Vaccination in the Punjab 1905-1918 - 1905-1918
Year: 1905
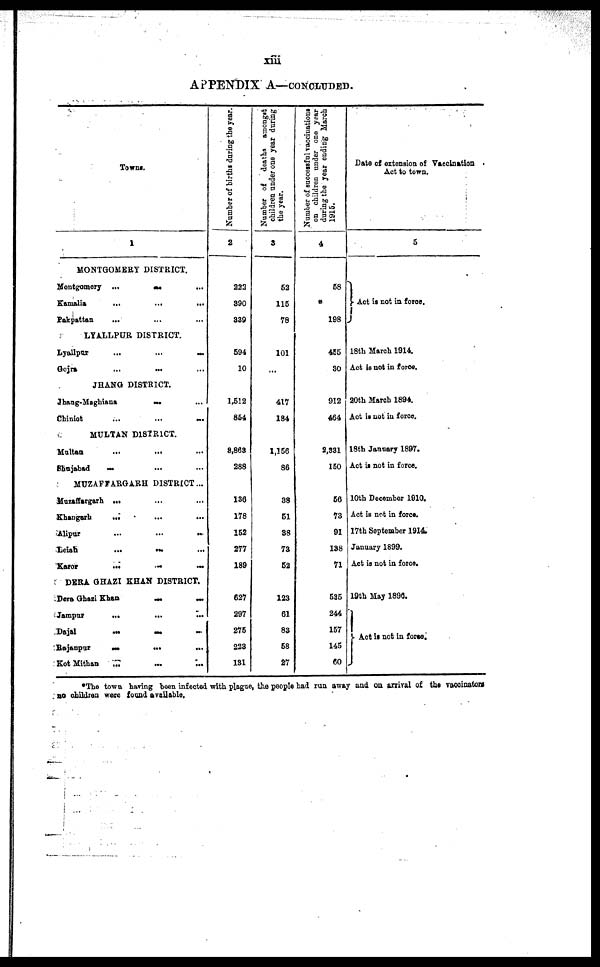
xiii
APPENDIX A—CONCLUDED.
Towns.
1
MONTGOMERY DISTRICT.
Montgomery
...
...
...
Kamalia
...
...
...
Pakpattan
... ... ...
LYALLPUR DISTRICT.
Lyallpur
...
...
...
Gojra ... ... ...
JHANG DISTRICT.
Jhang-Maghiana ... ... ...
Chiniot
...
...
...
MULTAN DISTRICT.
Multan ... ... ...
Shujabad
...
...
...
MUZAFFARGARH DISTRICT ...
Muzaffargarh ...
...
...
Khangarh
... ... ...
Alipur
...
...
...
Leiah
...
...
...
Karor
...
...
...
DERA GHAZI KHAN DISTRICT.
Dera Ghazi Khan
...
...
Jampur
...
...
...
Dajal
...
...
...
Rajanpur
...
...
...
Kot Mithan
...
...
...
Number of births during the year.
2
222
390
339
594
10
1,512
854
3,863
288
136
178
152
277
189
627
297
275
223
131
Number of deaths amongst
children under one year during
the year.
3
52
115
78
101
...
417
184
1,156
86
38
51
38
73
52
123
61
83
58
27
Number of successful vaccinations
on children under one year
during the year ending March
1915.
4
58
...
198
455
30
912
464
2,331
150
56
73
91
138
71
535
244
157
145
60
Date of extension of Vaccination
Act to town.
5
Act is not in force.
18th March 1914.
Act is not in force.
20th March 1894.
Act is not in force.
18th January 1897.
Act is not in force.
10th December 1910.
Act is not in force.
17th September 1914.
January 1899.
Act is not in force.
19th May 1896.
Act is not in force.
The town having been infected with plague, the people had run away and on arrival of the vaccinators
no children were found available.